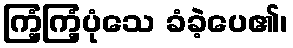
ကြံ့ကြံ့ပုံသေ ခံခဲ့ပေ၏၊